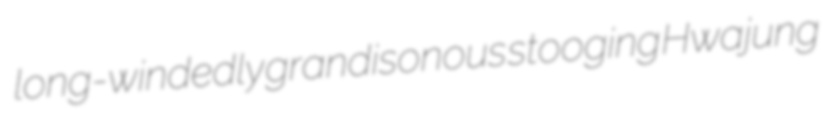
long-windedly grandisonous stooging Hwajung